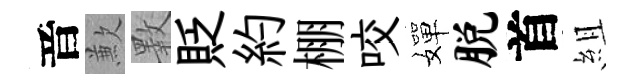
音歉斁貶約棚咬嬋脱首組